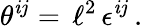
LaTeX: \theta^{\mathit{i}j}=\, \ell^{2}\, \epsilon^{\mathit{i}j}\, .